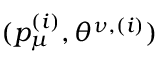
( p _ { \mu } ^ { ( i ) } , \theta ^ { \nu , ( i ) } )